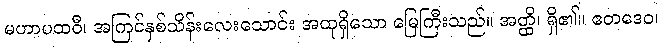
မဟာပထဝီ၊ အကြင်နှစ်သိန်းလေးသောင်း အထုရှိသော မြေကြီးသည်။ အတ္ထိ၊ ရှိ၏။ ဧတဒေဝ၊